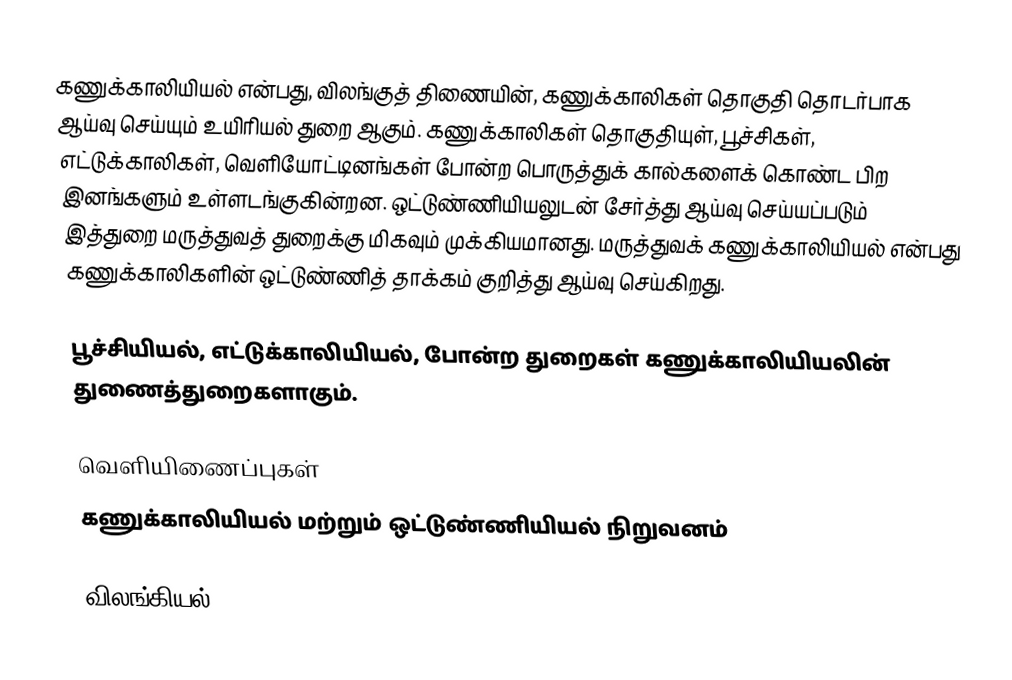
கணுக்காலியியல் என்பது, விலங்குத் திணையின், கணுக்காலிகள் தொகுதி தொடர்பாக ஆய்வு செய்யும் உயிரியல் துறை ஆகும். கணுக்காலிகள் தொகுதியுள், பூச்சிகள், எட்டுக்காலிகள், வெளியோட்டினங்கள் போன்ற பொருத்துக் கால்களைக் கொண்ட பிற இனங்களும் உள்ளடங்குகின்றன. ஒட்டுண்ணியியலுடன் சேர்த்து ஆய்வு செய்யப்படும் இத்துறை மருத்துவத் துறைக்கு மிகவும் முக்கியமானது. மருத்துவக் கணுக்காலியியல் என்பது கணுக்காலிகளின் ஒட்டுண்ணித் தாக்கம் குறித்து ஆய்வு செய்கிறது.

பூச்சியியல், எட்டுக்காலியியல், போன்ற துறைகள் கணுக்காலியியலின் துணைத்துறைகளாகும்.

வெளியிணைப்புகள்
கணுக்காலியியல் மற்றும் ஒட்டுண்ணியியல் நிறுவனம்

விலங்கியல்